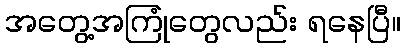
အတွေ့အကြုံတွေလည်း ရနေပြီ။